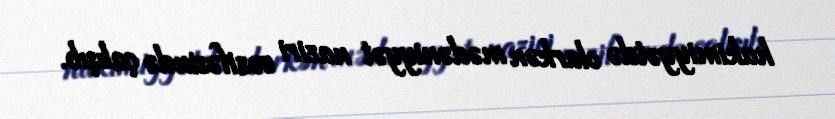
hakimiyyətdə olarkən mədəniyyət naziri vəzifəsində çalışıb.